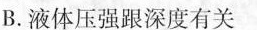
B.液体压强跟深度有关